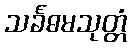
သင်္ခဓမသုတ္တံ